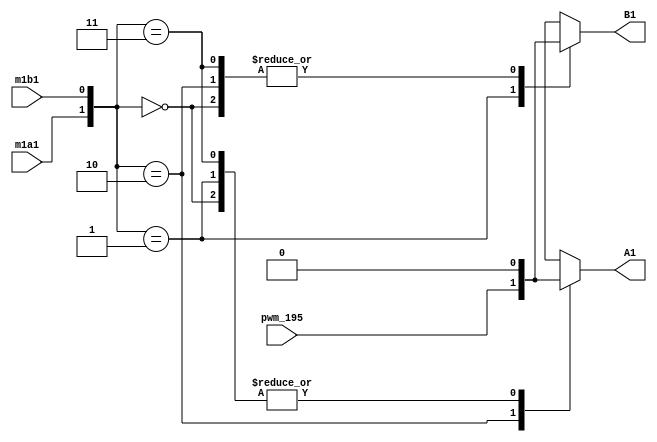
module demux ( 
input  pwm_195,
input  m1a1, m1b1 ,
output reg A1 , B1
);
always@(*) begin
		case ({ m1a1 , m1b1})
			2'b00: begin
				A1 <= 1'b0;
				B1 <= 1'b0;
			end
			2'b01: begin 
				A1 <= 1'b0;
				B1 <= pwm_195;
			end
			2'b10 : begin 
				A1 <= pwm_195;
				B1 <= 1'b0;
			end
			2'b11: begin
				A1 <= 1'b0;
				B1 <= 1'b0;
			end
		endcase 
end
endmodule